Vabadussoja_Ajaloo_Komitee, lk 15
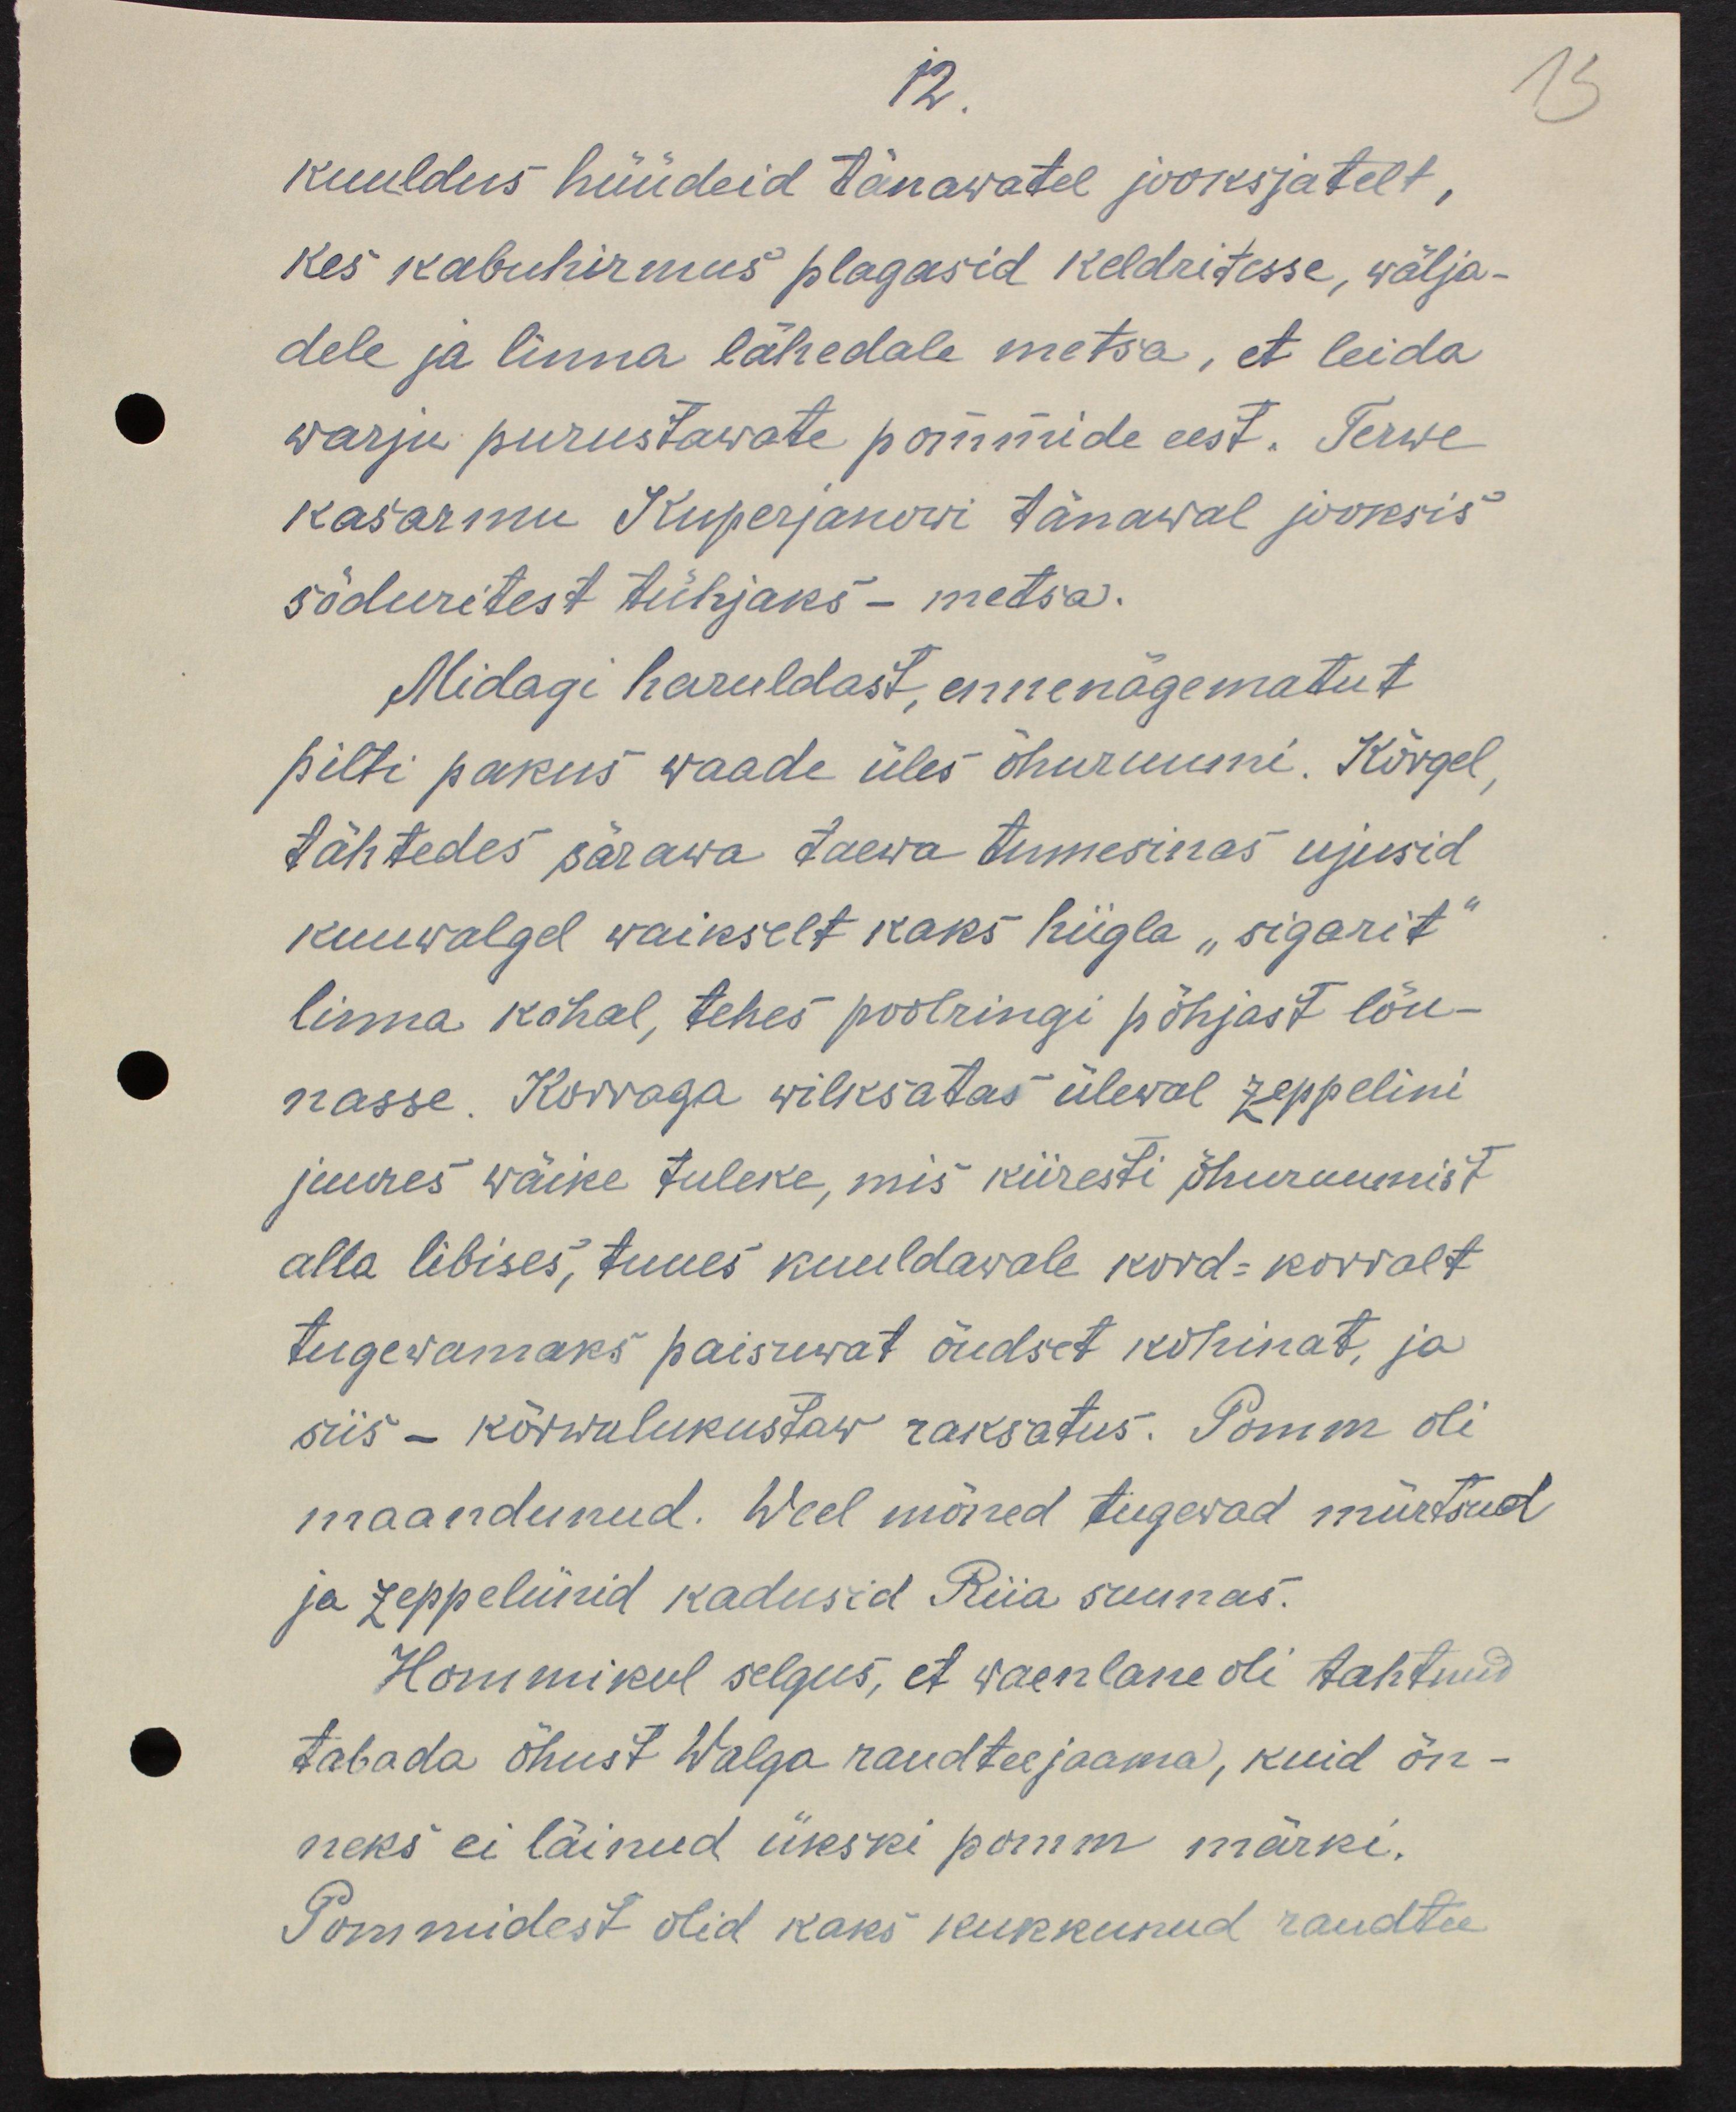
12.
kuuldus hüüdeid tänavatel jooksjatelt,
kes kabuhirmus plagasid keldritesse, wälja-
dele ja linna lähedale metsa, et leida
warju purustawate pommide eest. Terwe
kasarmu Kuperjanowi tänawal jooksis
sõduritest tühjaks - metsa.
Midagi haruldast, ennenägematut
pilti pakus waade üles õhuruumi. Kõrgel,
tähtedes särawa taewa tumesinas ujusid 
kuuvalgel waikselt kaks hiigla "sigarit"
linna kohal, tehes poolringi põhjast lõu-
nasse. Korraga wilksatas üleval zeppelini
juures wäike tuleke, mis kiiresti õhuruumist
alla libises, tuues kuuldawale kord-korralt
tugevamaks paisuwat õudset kohinat, ja
siis - kõrwulukustaw raksatus. Pomm oli
maandunud. Weel mõned tugewad mürtsud
ja zeppeliinid kadusid Riia suunas.
Hommikul selgus, et waenlane oli tahtnud
tabada õhust Walga raudteejaama, kuid õn-
neks ei läinud ükski pomm märki.
Pommidest olid kaks kukkunud raudtee